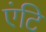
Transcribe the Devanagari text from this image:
एंटि